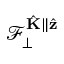
\mathcal { F } _ { \perp } ^ { \hat { \mathbf { K } } \parallel \hat { \mathbf { z } } }